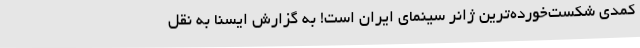
کمدی شکست‌خورده‌ترین ژانر سینمای ایران است! به گزارش ایسنا به نقل